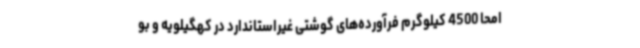
امحا 4500 کیلوگرم فرآورده‌های گوشتی غیراستاندارد در کهگیلویه و بو